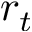
r _ { t }